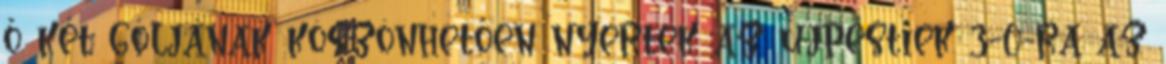
ő két góljának köszönhetően nyertek az újpestiek 3-0-ra az